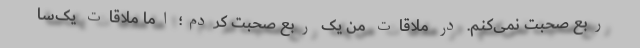
ربع صحبت نمی‌کنم. در ملاقات من یک ربع صحبت کردم؛ اما ملاقات یک‌سا